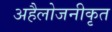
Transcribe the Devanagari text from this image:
अहैलोजनीकृत